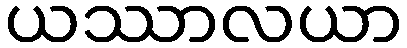
ယဿာလယာ